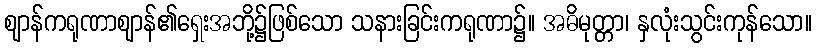
ဈာန်ကရုဏာဈာန်၏ရှေးအဘို့၌ဖြစ်သော သနားခြင်းကရုဏာ၌။ အဓိမုတ္တာ၊ နှလုံးသွင်းကုန်သော။